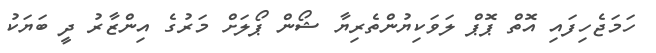
ހަމަޖެހިފައި އޮތް ޕޮޕް ލަވަކިޔުންތެރިޔާ ޝޯން ޕޯލަށް މަރުގެ އިންޒާރު ދީ ބަޔަކު